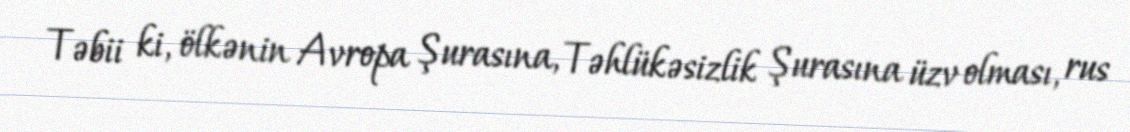
Təbii ki, ölkənin Avropa Şurasına, Təhlükəsizlik Şurasına üzv olması, rus